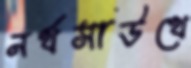
নর্থসাউথে